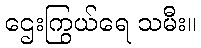
ဌေးကြွယ်ရေ သမီး။